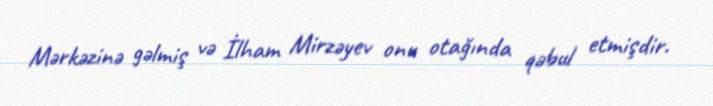
Mərkəzinə gəlmiş və İlham Mirzəyev onu otağında qəbul etmişdir.